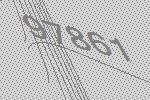
97861